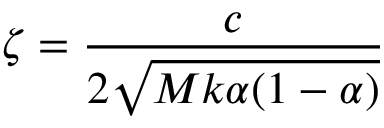
\zeta = \frac { c } { 2 \sqrt { M k \alpha ( 1 - \alpha ) } }